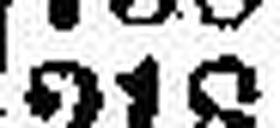
218.—